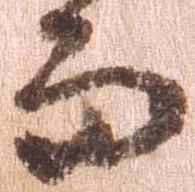
而